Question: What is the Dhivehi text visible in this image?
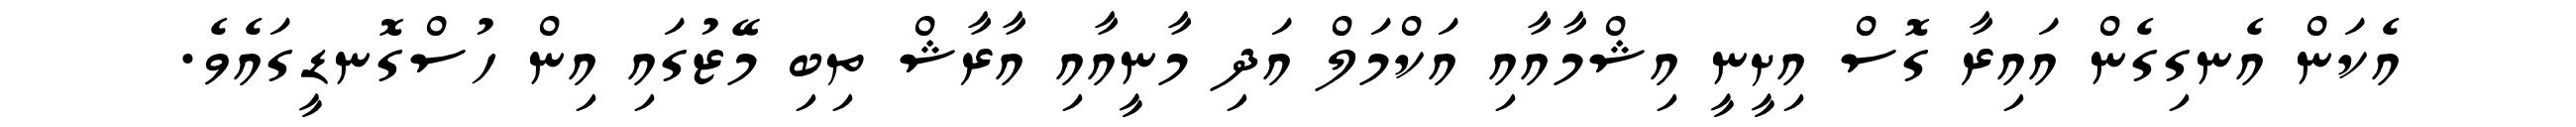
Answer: އެކަން އެނގިގެން އައިރާ ގޮސް އިށީނީ އިޝްމާއާއި އަކްމަލް އަދި މާނީއާއި އާރާޝް ތިބި މޭޒުގައި އިން ހުސްގޮނޑީގައެވެ.